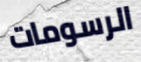
الرسومات